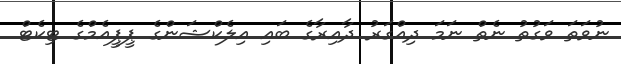
ނުވަތަ ވަގުތު ނެތް ނަމަ ދިއްގަރު ދާއިރާގެ ބައި އިލެކްޝަންގެ ޕީޕީއެމްގެ ޓިކެޓް